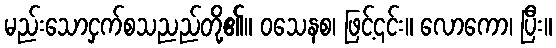
မည်းသောငှက်စသညည်တို့၏။ ဝသေနစ၊ ဖြင့်၎င်း။ လောကော၊ ပြီး။